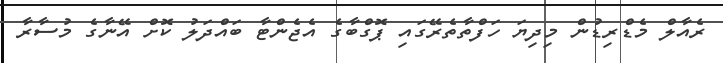
ރެއާލް މެޑްރިޑުން މިދިޔަ ހަފްތާތެރޭގައި ޕޮގްބާގެ އެޖެންޓާ ބައްދަލު ކޮށް އޭނާގެ މުސާރާ